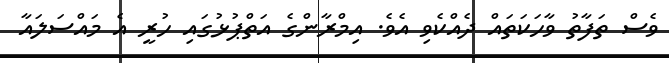
ވެސް ތަފާތު ވާހަކަތައް ދެއްކެވި އެވެ. އިމްރާންގެ އަތްޕުޅުގައި ހުރީ އެ މައްސަލައާ